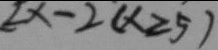
[ x - 2 ( x \geqslant 5 )